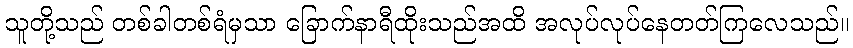
သူတို့သည် တစ်ခါတစ်ရံမှသာ ခြောက်နာရီထိုးသည်အထိ အလုပ်လုပ်နေတတ်ကြလေသည်။